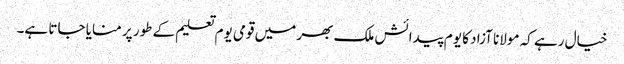
خیال رہے کہ مولانا آزاد کا یوم پیدائش ملک بھر میں قومی یوم تعلیم کے طور پر منایا جاتا ہے۔